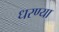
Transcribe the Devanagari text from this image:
धरण्या